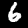
Digit: 6